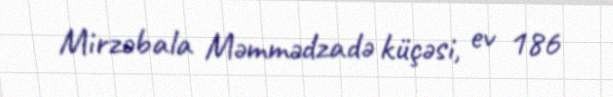
Mirzəbala Məmmədzadə küçəsi, ev 186